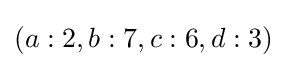
(a:2,b:7,c:6,d:3)